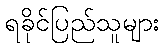
ရခိုင်ပြည်သူများ